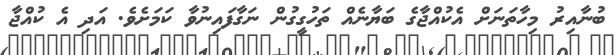
ބުނާއިރު މިހާތަނަށް އެކުއްޖާގެ ބަޔާނެއް ތަހުގީގުން ނަގާފައިނުވާ ކަމަށެވެ. އަދި އެ ކުއްޖާ